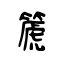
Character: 篪